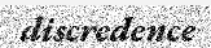
discredence